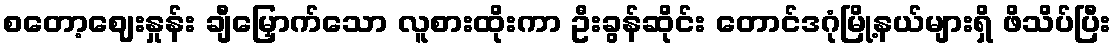
စတော့ဈေးနှုန်း ချီမြှောက်သော လူစားထိုးကာ ဦးခွန်ဆိုင်း တောင်ဒဂုံမြို့နယ်များရှိ ဖိသိပ်ပြီး